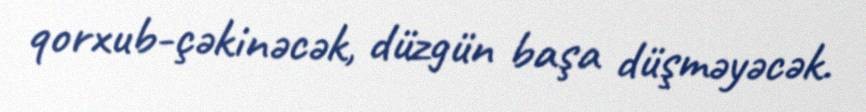
qorxub-çəkinəcək, düzgün başa düşməyəcək.